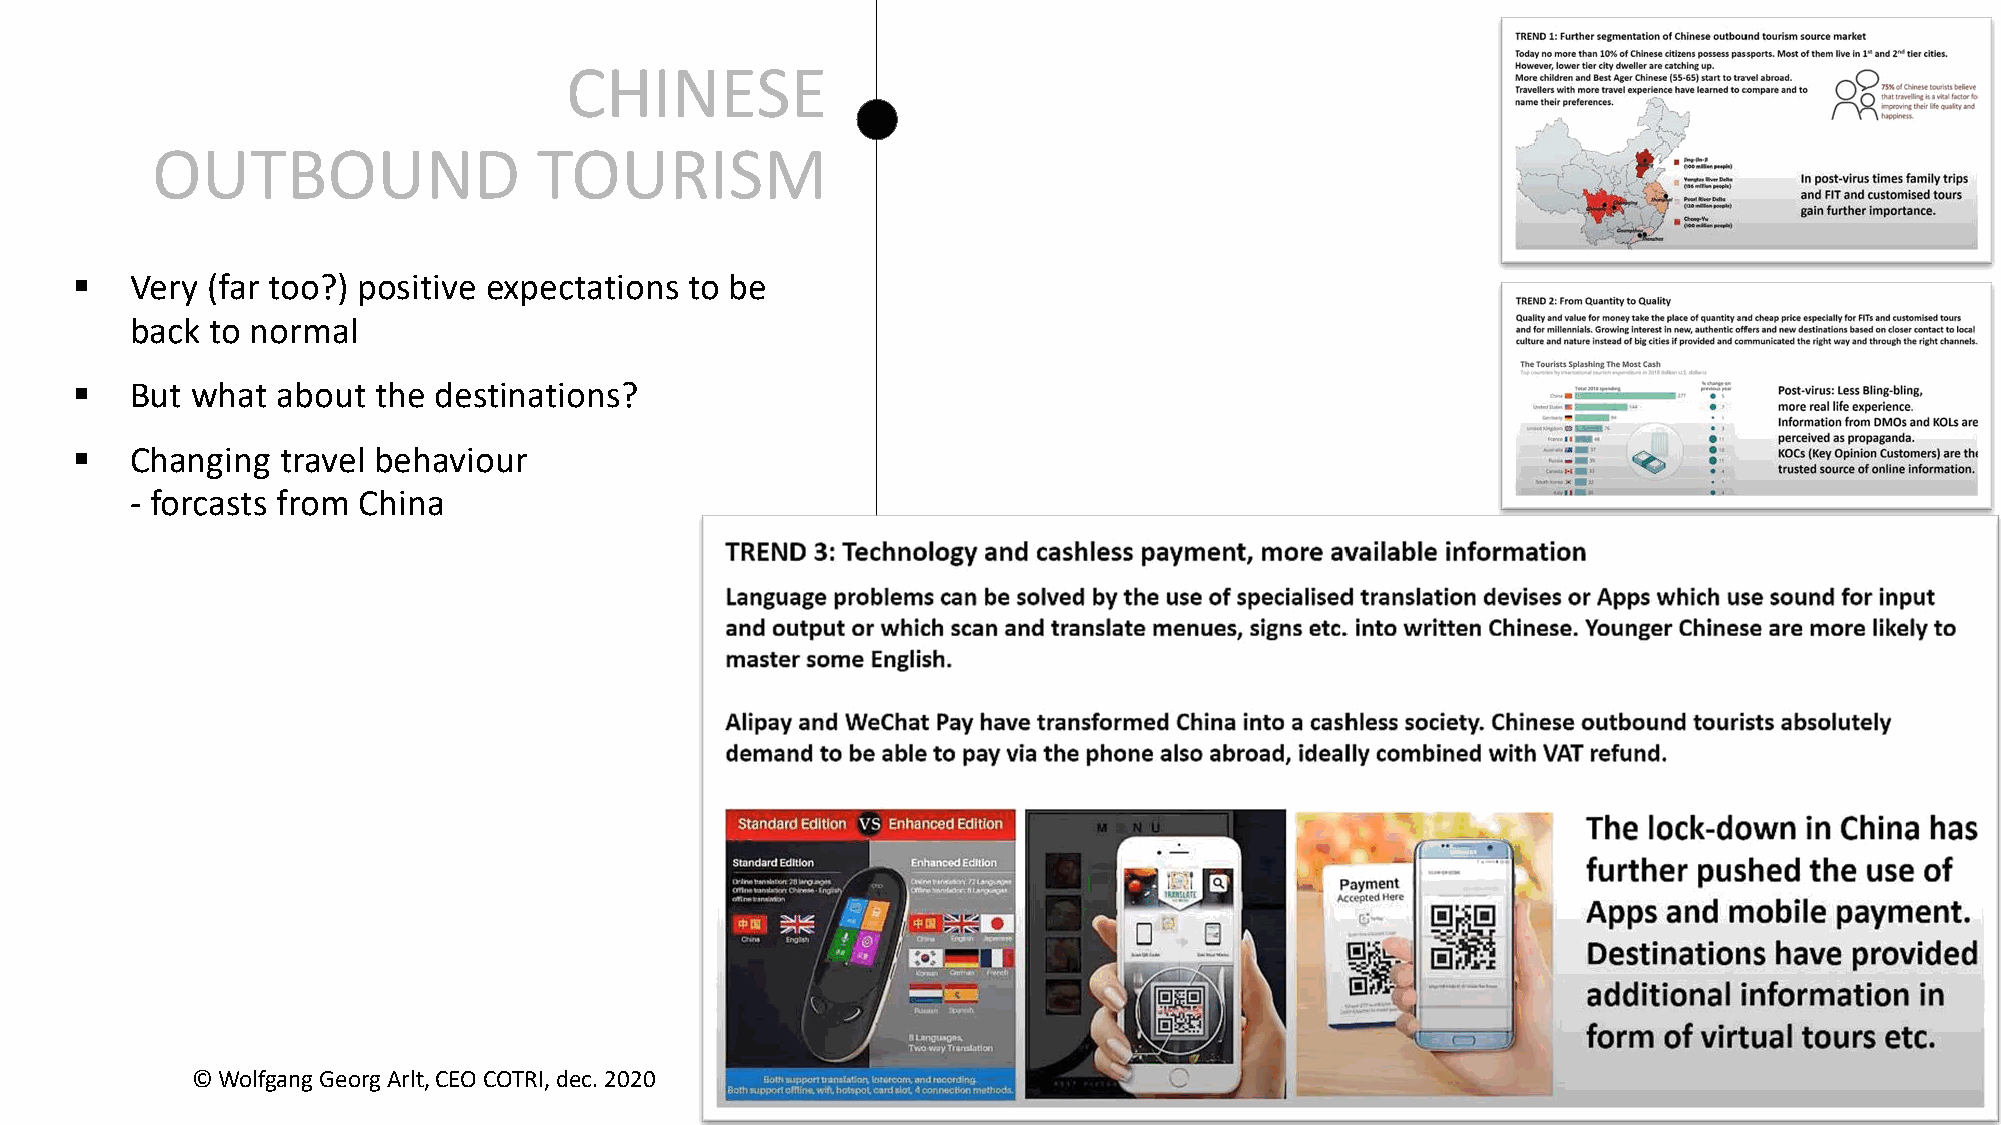
CHINESE
 OUTBOUND                  TOURISM
 §   Very (far too?) positive expectations to be
 back to normal
 §   But what about  the destinations?
 §   Changing  travel behaviour
 - forcasts from China
 © Wolfgang Georg Arlt, CEO COTRI, dec. 2020